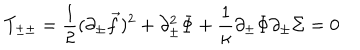
LaTeX: T _ { \pm \pm } = { \frac { 1 } { 2 } } ( \partial _ { \pm } { \vec { f } } ) ^ { 2 } + \partial _ { \pm } ^ { 2 } \Phi + { \frac { 1 } { \kappa } } \partial _ { \pm } \Phi \partial _ { \pm } \Sigma = 0